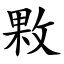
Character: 㪙